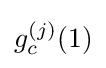
g_{c}^{(j)}(1)